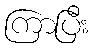
ကြာပြီး